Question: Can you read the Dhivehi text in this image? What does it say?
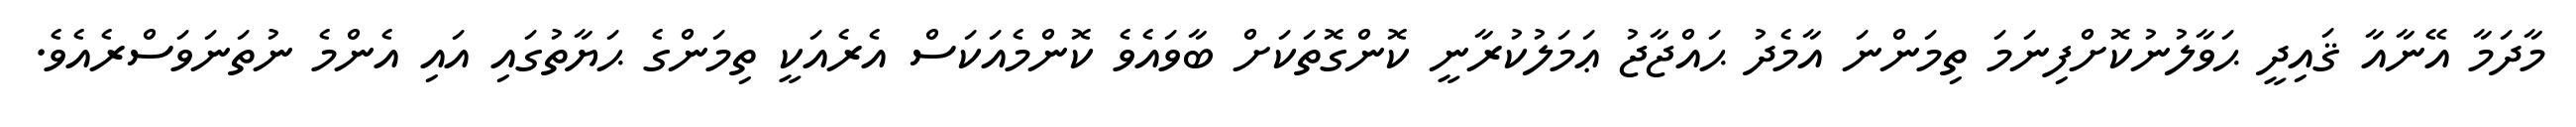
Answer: މާދަމާ އޭނާއާ ޤައިދީ ޙަވާލުނުކޮށްފިނަމަ ތިމަންނަ އާމެދު ޙައްޖާޖު ޢަމަލުކުރާނީ ކޮންގޮތަކަށް ބާވައެވެ ކޮންމެއަކަސް އެރެއަކީ ތިމަންގެ ޙަޔާތުގައި އައި އެންމެ ނުތަނަވަސްރެއެވެ.